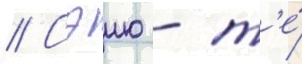
// Сэию - т'е́